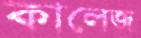
কালেজ